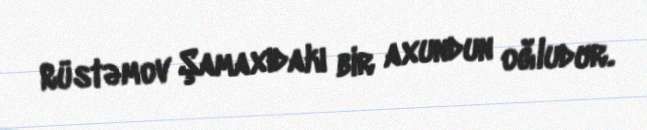
Rüstəmov Şamaxıdakı bir axundun oğludur.